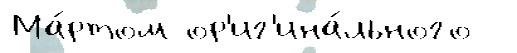
Ма́ртом ор'иг'ина́льного